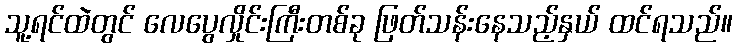
သူ့ရင်ထဲတွင် လေပွေလှိုင်းကြီးတစ်ခု ဖြတ်သန်းနေသည့်နှယ် ထင်ရသည်။